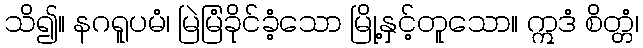
သိ၍။ နဂရူပမံ၊ မြဲမြံခိုင်ခံ့သော မြို့နှင့်တူသော။ ဣဒံ စိတ္တံ၊